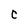
Character: c